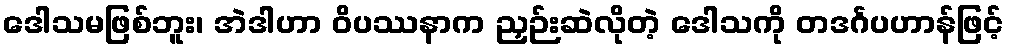
ဒေါသမဖြစ်ဘူး၊ အဲဒါဟာ ဝိပဿနာက ညှဉ်းဆဲလိုတဲ့ ဒေါသကို တဒင်္ဂပဟာန်ဖြင့်